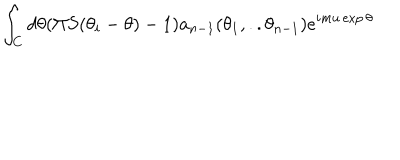
LaTeX: \int _ { C } d \theta ( \Pi S ( \theta _ { i } - \theta ) - 1 ) a _ { n - 1 } ( \theta _ { 1 } , . . \theta _ { n - 1 } ) e ^ { i m u \exp \theta }